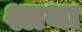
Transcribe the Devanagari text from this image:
श्लथा